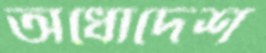
অধোদেশ